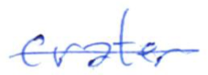
Text: crater
Cross-out: single-line
Writing tool: ballpoint